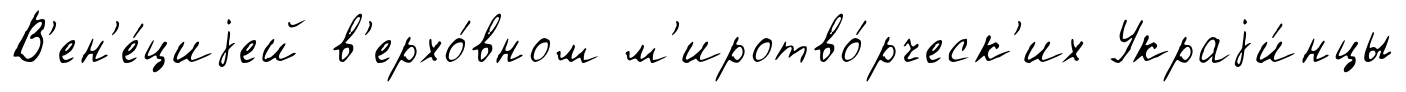
В'ен'е́циjей в'ерхо́вном м'иротво́рческ'их Украjи́нцы